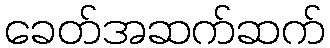
ခေတ်အဆက်ဆက်